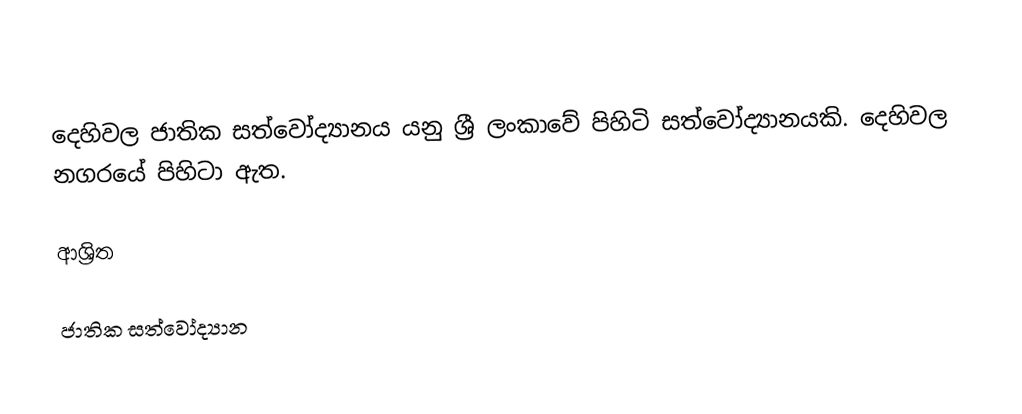
දෙහිවල ජාතික සත්වෝද්‍යානය යනු ශ්‍රී ලංකාවේ පිහිටි සත්වෝද්‍යානයකි. දෙහිවල නගරයේ පිහිටා ඇත.

ආශ්‍රිත

ජාතික සත්වෝද්‍යාන